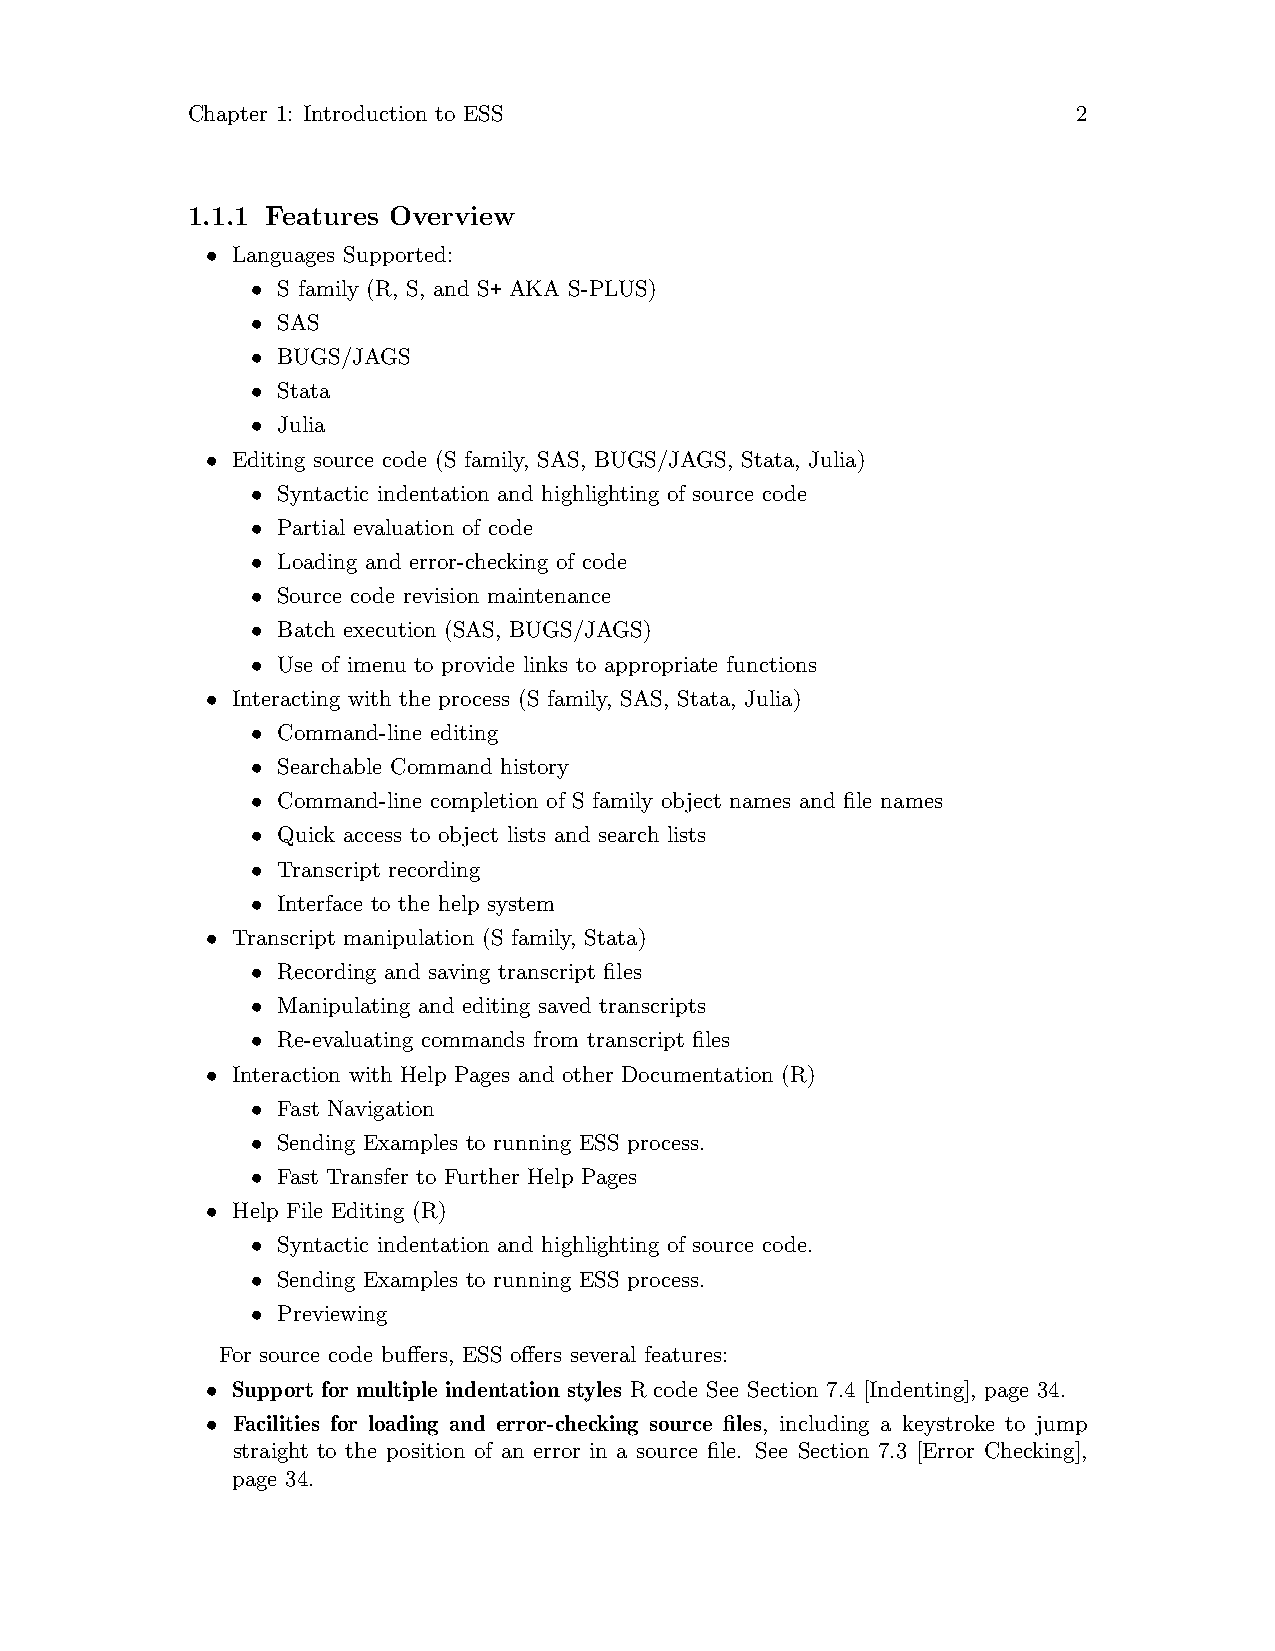
Chapter 1: Introduction to ESS                             2
 1.1.1 Features Overview
 • Languages Supported:
 • S family (R, S, and S+ AKA S-PLUS)
 • SAS
 • BUGS/JAGS
 • Stata
 • Julia
 • Editing source code (S family, SAS, BUGS/JAGS, Stata, Julia)
 • Syntactic indentation and highlighting of source code
 • Partial evaluation of code
 • Loading and error-checking of code
 • Source code revision maintenance
 • Batch execution (SAS, BUGS/JAGS)
 • Use of imenu to provide links to appropriate functions
 • Interacting with the process (S family, SAS, Stata, Julia)
 • Command-line editing
 • Searchable Command history
 • Command-line completion of S family object names and file names
 • Quick access to object lists and search lists
 • Transcript recording
 • Interface to the help system
 • Transcript manipulation (S family, Stata)
 • Recording and saving transcript files
 • Manipulating and editing saved transcripts
 • Re-evaluating commands from transcript files
 • Interaction with Help Pages and other Documentation (R)
 • Fast Navigation
 • Sending Examples to running ESS process.
 • Fast Transfer to Further Help Pages
 • Help File Editing (R)
 • Syntactic indentation and highlighting of source code.
 • Sending Examples to running ESS process.
 • Previewing
 For source code buffers, ESS offers several features:
 • Support for multiple indentation styles R code See Section 7.4 [Indenting], page 34.
 • Facilities for loading and error-checking source files, including a keystroke to jump
 straight to the position of an error in a source file. See Section 7.3 [Error Checking],
 page 34.